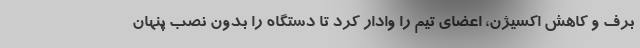
برف و کاهش اکسیژن، اعضای تیم را وادار کرد تا دستگاه را بدون نصب پنهان